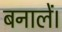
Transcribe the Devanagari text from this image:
बनालें।